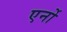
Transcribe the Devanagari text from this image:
एर्नो